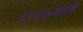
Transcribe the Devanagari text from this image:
१९६७साली